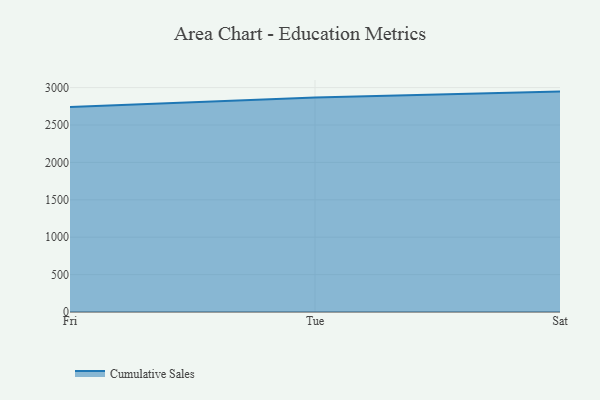
{"axis": {"x": "Day", "y": "Page Views"}, "legend": ["Cumulative Sales"], "data": [{"x": "Fri", "y": 2739.4, "type": "Cumulative Sales"}, {"x": "Tue", "y": 2866.5, "type": "Cumulative Sales"}, {"x": "Sat", "y": 2946.7, "type": "Cumulative Sales"}]}